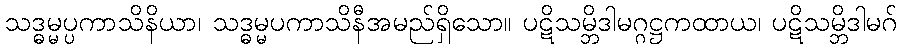
သဒ္ဓမ္မပ္ပကာသိနိယာ၊ သဒ္ဓမ္မပကာသိနီအမည်ရှိသော။ ပဋိသမ္ဘိဒါမဂ္ဂဋ္ဌကထာယ၊ ပဋိသမ္ဘိဒါမဂ်